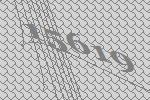
15619